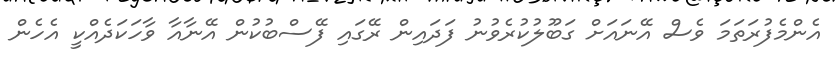
އެންމެފުރަތަމަ ވެސް އޭނައަށް ގަބޫލުކުރެވުނު ފަދައިން ރޭގައި ފޭސްބުކުން އޭނާއާ ވާހަކަދެއްކީ އެހެން